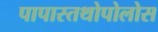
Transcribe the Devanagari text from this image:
पापास्तथोपोलोस